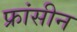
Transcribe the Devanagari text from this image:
फ्रांसीन